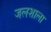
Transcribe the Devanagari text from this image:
जलशाला